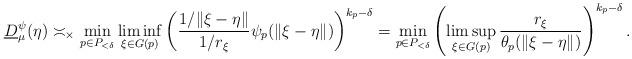
LaTeX: \begin{align*}\underline D_\mu^\psi(\eta)\asymp_\times \min_{p\in P_{<\delta}} \liminf_{\xi\in G(p)} \left(\frac{1/\|\xi - \eta\|}{1/r_\xi} \psi_p(\|\xi - \eta\|) \right)^{k_p - \delta}= \min_{p\in P_{<\delta}} \left(\limsup_{\xi\in G(p)} \frac{r_\xi}{\theta_p(\|\xi - \eta\|)} \right)^{k_p - \delta}.\end{align*}